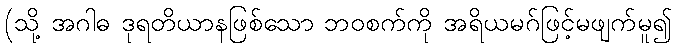
(သို့ အဂါဓ ဒုရတိယာနဖြစ်သော ဘဝစက်ကို အရိယမဂ်ဖြင့်မဖျက်မူ၍